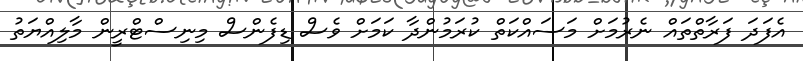
އެފަދަ ފަރާތްތައް ނެރުމަށް މަސައްކަތް ކުރަމުންދާ ކަމަށް ވެސް ޑިފެންސް މިނިސްޓްރީން މާލިއްޔަތު